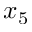
x _ { 5 }